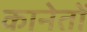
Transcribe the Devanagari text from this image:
कानेतों